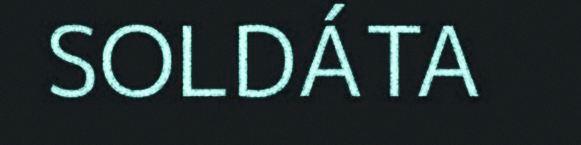
SOLDÁTA